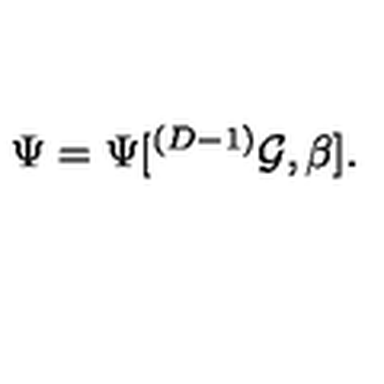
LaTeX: \Psi = \Psi [ ^ { ( D - 1 ) } { \cal G } , \beta ] .